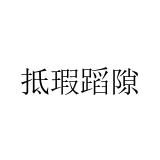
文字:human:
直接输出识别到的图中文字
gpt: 抵瑕蹈隙